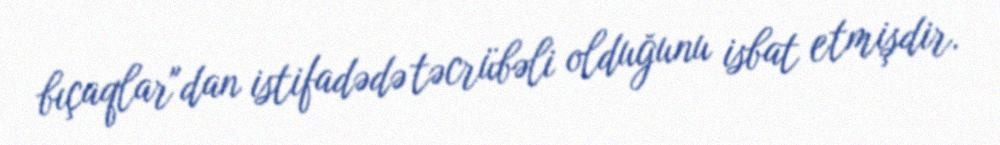
bıçaqlar"dan istifadədə təcrübəli olduğunu isbat etmişdir.